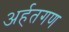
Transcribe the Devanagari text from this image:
अर्हतगण